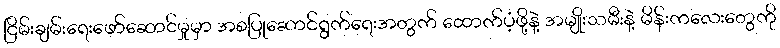
ငြိမ်းချမ်းရေးဖော်ဆောင်မှုမှာ အစပြုဆောင်ရွက်ရေးအတွက် ထောက်ပံ့ဖို့နဲ့ အမျိုးသမီးနဲ့ မိန်းကလေးတွေကို